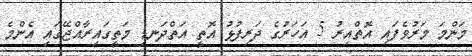
މަންމަ މަރުވެފައި އޮތްއިރު 5 އަހަރުގެ ދަރިފުޅު އޮތީ އަތްދަނޑި މަތީގައިރާއްޖޭގައި އެންމެ